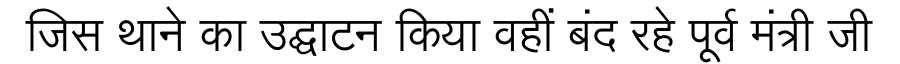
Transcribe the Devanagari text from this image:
जिस थाने का उद्घाटन किया वहीं बंद रहे पूर्व मंत्री जी